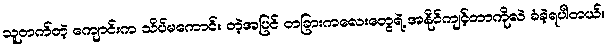
သူတက်တဲ့ ကျောင်းက သိပ်မကောင်း တဲ့အပြင် တခြားကလေးတွေရဲ့ အနိုင်ကျင့်တာကိုလဲ ခံခဲ့ရပါတယ်။